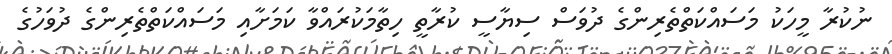
ނުކުރާ މީހަކު މަސައްކަތްތެރިންގެ ދުވަސް ސިޔާސީ ކުރާތީ ހިތާމަކުރައްވާ ކަމަށާއި މަސައްކަތްތެރިންގެ ދުވަހުގެ